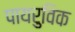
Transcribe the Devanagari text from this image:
पायरुविक